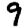
Digit: 9